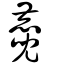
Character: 麑